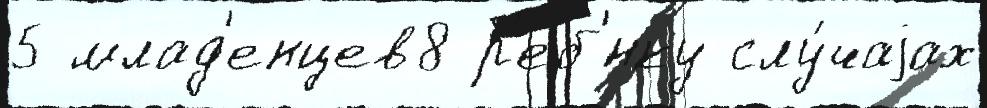
5 млад'енцев8 р'еб'́нку слу́чаjах